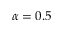
\alpha = 0 . 5